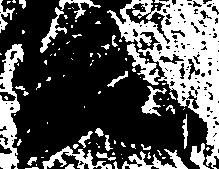
元